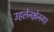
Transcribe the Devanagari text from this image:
उहलेनश्लेनगर